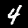
Digit: 4